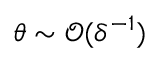
\theta \sim \mathcal { O } ( \delta ^ { - 1 } )